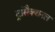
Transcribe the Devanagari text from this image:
ट्रांसैक्शनल